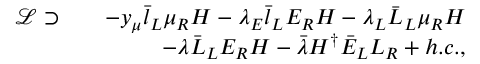
\begin{array} { r l r } { \mathcal { L } \supset } & { } & { - y _ { \mu } \bar { l } _ { L } \mu _ { R } H - \lambda _ { E } \bar { l } _ { L } E _ { R } H - \lambda _ { L } \bar { L } _ { L } \mu _ { R } H } \\ & { } & { - \lambda \bar { L } _ { L } E _ { R } H - \bar { \lambda } H ^ { \dagger } \bar { E } _ { L } L _ { R } + h . c . , } \end{array}